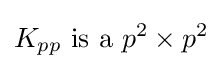
K_{pp}{\text{ is a }}p^{2}\times p^{2}